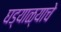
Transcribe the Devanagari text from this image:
घड्याळ्याचे